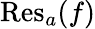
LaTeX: \operatorname{Res}_{a}(f)